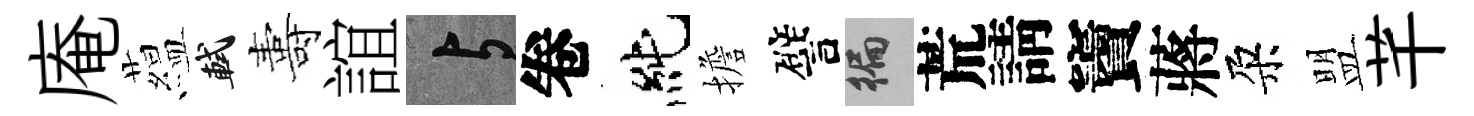
庵藴軾夀誼与卷純擔譬徧荒請竇蔣朶盟芊